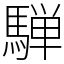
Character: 騨